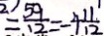
= \frac { 5 9 } { 1 2 } = - 4 \frac { 1 1 } { 1 2 }